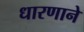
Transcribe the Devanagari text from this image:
धारणाने